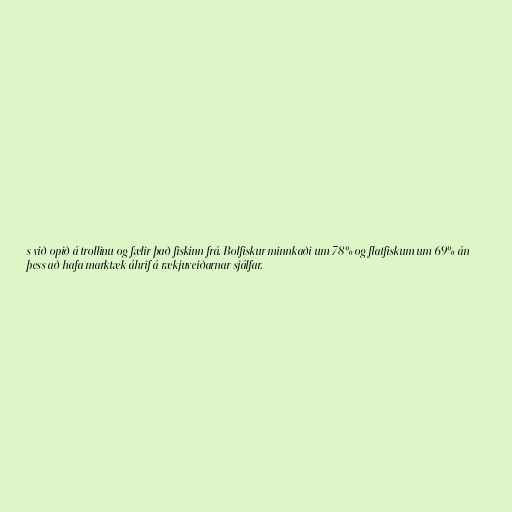
s við opið á trollinu og fælir það fiskinn frá. Bolfiskur minnkaði um 78% og flatfiskum um 69% án
þess að hafa marktæk áhrif á rækjuveiðarnar sjálfar.